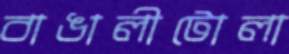
বাঙালীটোলা